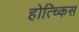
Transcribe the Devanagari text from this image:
होत्च्किस